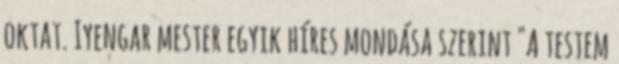
oktat. Iyengar mester egyik híres mondása szerint "A testem